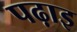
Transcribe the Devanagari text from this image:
पढ़ाइ